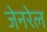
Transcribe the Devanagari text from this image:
जेनरेल